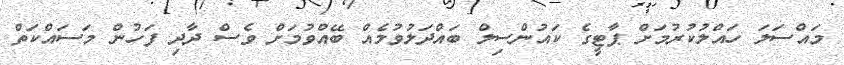
މައްސަލަ ހައްލުކުރުމަށް ޕާޓީގެ ކައުންސިލް ބައްދަލުވުމެއް ބޭއްވުމަށް ވެސް ދާދި ފަހުން މަސައްކަތް